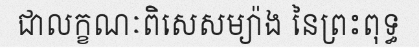
ជាលក្ខណៈពិសេសម្យ៉ាង នៃព្រះពុទ្ធ